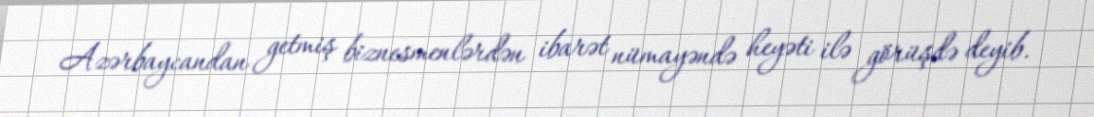
Azərbaycandan getmiş biznesmenlərdən ibarət nümayəndə heyəti ilə görüşdə deyib.